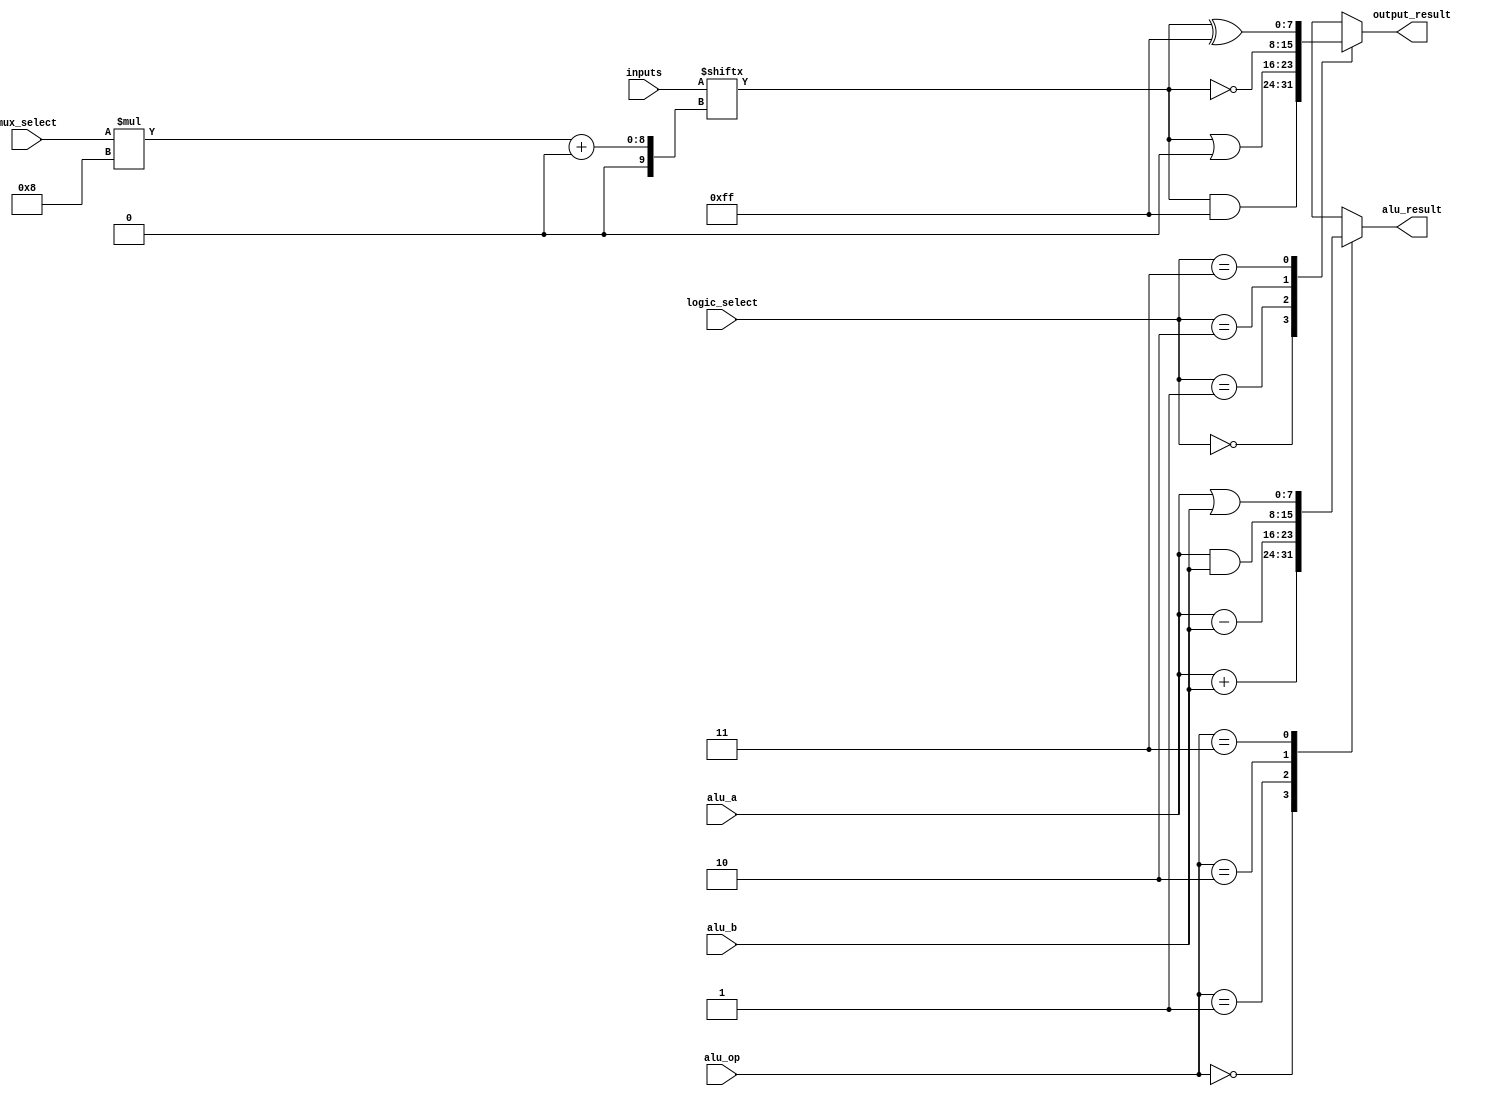
module combinational_logic_blocks #(
    parameter NUM_INPUTS = 4,         // Number of input lines
    parameter INPUT_WIDTH = 8,         // Width of each input
    parameter OUTPUT_WIDTH = 8         // Width of each output
)(
    input wire [NUM_INPUTS*INPUT_WIDTH-1:0] inputs, // Concatenated input lines
    input wire [1:0] logic_select,                     // Select logic operation
    input wire [NUM_INPUTS-1:0] mux_select,           // Mux select input
    input wire [OUTPUT_WIDTH-1:0] alu_a,              // ALU input A
    input wire [OUTPUT_WIDTH-1:0] alu_b,              // ALU input B
    input wire [1:0] alu_op,                           // ALU operation select
    output wire [OUTPUT_WIDTH-1:0] output_result,     // Logic block output
    output wire [OUTPUT_WIDTH-1:0] alu_result          // ALU output
);

// Declare intermediate signals
wire [INPUT_WIDTH-1:0] selected_input;
wire [OUTPUT_WIDTH-1:0] logic_output;

// Mux implementation
assign selected_input = inputs[(mux_select * INPUT_WIDTH) +: INPUT_WIDTH];

// Logic Unit implementation (combinational logic)
always @(*) begin
    case (logic_select)
        2'b00: logic_output = selected_input & {INPUT_WIDTH{1'b1}}; // AND with all 1's
        2'b01: logic_output = selected_input | {INPUT_WIDTH{1'b0}}; // OR with all 0's
        2'b10: logic_output = ~selected_input;                       // NOT
        2'b11: logic_output = selected_input ^ {INPUT_WIDTH{1'b1}}; // XOR with all 1's
        default: logic_output = selected_input;
    endcase
end

// ALU implementation
always @(*) begin
    case (alu_op)
        2'b00: alu_result = alu_a + alu_b; // ADD
        2'b01: alu_result = alu_a - alu_b; // SUBTRACT
        2'b10: alu_result = alu_a & alu_b; // AND
        2'b11: alu_result = alu_a | alu_b; // OR
        default: alu_result = 0;
    endcase
end

// Output the final result
assign output_result = logic_output; // OR replace with alu_result if needed

endmodule